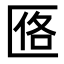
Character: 𪟰